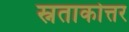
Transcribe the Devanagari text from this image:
स्नताकोत्तर